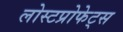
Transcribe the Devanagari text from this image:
लोस्टप्रोफेट्स